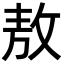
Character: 敖